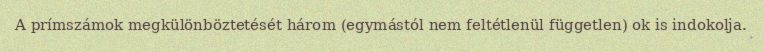
A prímszámok megkülönböztetését három (egymástól nem feltétlenül független) ok is indokolja.